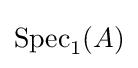
\operatorname {Spec} _{1}(A)